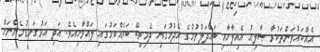
އެއްކައުވަންތަކުރާ ޞާލިޙު އެއިލާހާއި ބައްދަލުވުމުގެ އެދުމުގައި ދެމިތިބޭ ބަޔެއްކަމުގައި ލައްވާށިއެވެ. އަދި އަޅުގަނޑުމެންނަށް